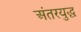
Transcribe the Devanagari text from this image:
अंतरयुद्ध